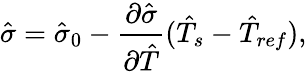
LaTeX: \hat{\sigma}=\hat{\sigma}_{0}-\frac{\partial\hat{\sigma}}{\partial\hat{T}}(\hat{T}_{s}-\hat{T}_{ref}),